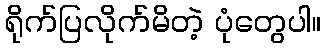
ရိုက်ပြလိုက်မိတဲ့ ပုံတွေပါ။